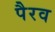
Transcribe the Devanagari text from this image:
पैरव